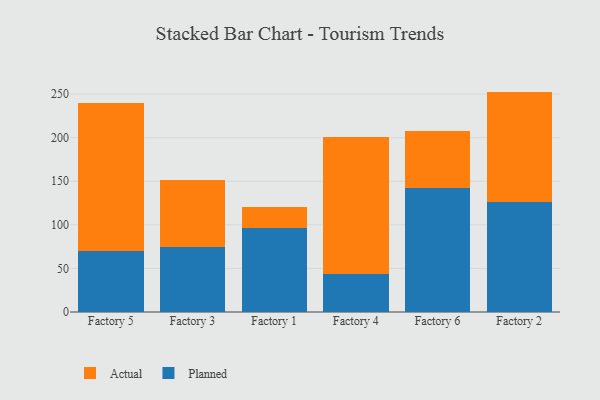
{"axis": {"x": "Factory", "y": "Tickets Resolved"}, "legend": ["Actual", "Planned"], "data": [{"x": "Factory 5", "y": 70.1, "type": "Planned"}, {"x": "Factory 5", "y": 169.9, "type": "Actual"}, {"x": "Factory 3", "y": 75.0, "type": "Planned"}, {"x": "Factory 3", "y": 76.0, "type": "Actual"}, {"x": "Factory 1", "y": 96.8, "type": "Planned"}, {"x": "Factory 1", "y": 24.0, "type": "Actual"}, {"x": "Factory 4", "y": 44.1, "type": "Planned"}, {"x": "Factory 4", "y": 156.6, "type": "Actual"}, {"x": "Factory 6", "y": 142.0, "type": "Planned"}, {"x": "Factory 6", "y": 65.7, "type": "Actual"}, {"x": "Factory 2", "y": 126.0, "type": "Planned"}, {"x": "Factory 2", "y": 126.9, "type": "Actual"}]}